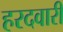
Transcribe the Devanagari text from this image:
हरदवारी